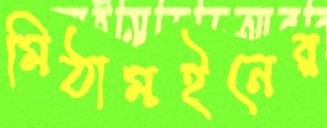
মিঠামইনের